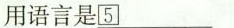
用语言是____________